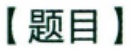
【题目】